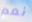
نعم